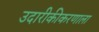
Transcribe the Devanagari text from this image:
उदारीकीकरणाला